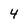
Character: 4